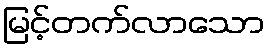
မြင့်တက်လာသော